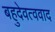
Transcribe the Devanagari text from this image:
बहुदेवत्ववाद